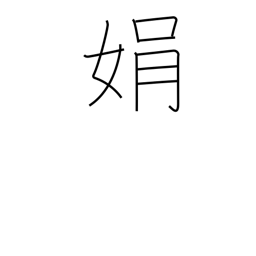
Meaning: beauty of face